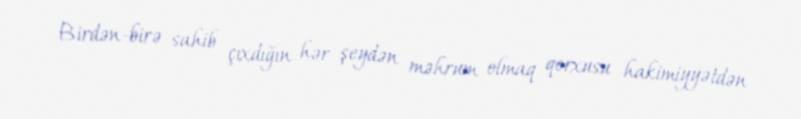
Birdən-birə sahib çıxdığın hər şeydən məhrum olmaq qorxusu hakimiyyətdən